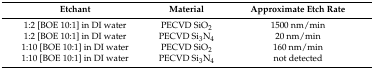
| Etchant | Material | Approximate Etch Rate |
 | --- | --- | --- |
 | 1:2 [BOE 10:1] in DI water | PECVD SiO2 | 1500 nm/min |
 | 1:2 [BOE 10:1] in DI water | PECVD Si3N4 | 20 nm/min |
 | 1:10 [BOE 10:1] in DI water | PECVD SiO2 | 160 nm/min |
 | 1:10 [BOE 10:1] in DI water | PECVD Si3N4 | not detected |